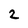
Character: 2